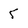
Character: 5